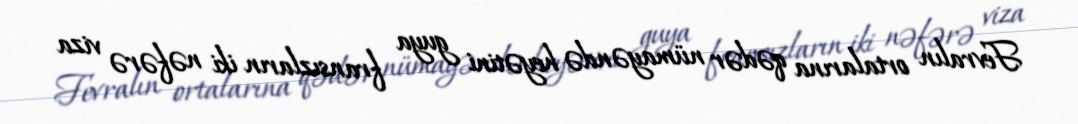
Fevralın ortalarına qədər nümayəndə heyətini guya fransızların iki nəfərə viza